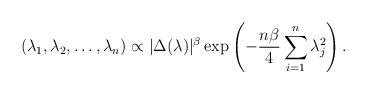
LaTeX: \begin{align*}(\lambda_1,\lambda_2, \dots, \lambda_n) \propto |\Delta(\lambda)|^\beta \exp \left(-\frac{n\beta}{4}\sum_{i = 1}^n \lambda_j^2 \right).\end{align*}